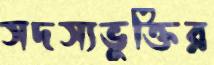
সদস্যভুক্তির